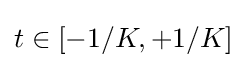
t\in [-1/K,+1/K]